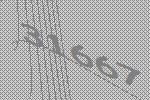
31667